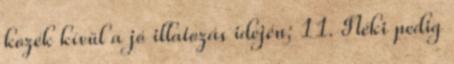
kozék kívül a jó illatozás idején; 11. Néki pedig